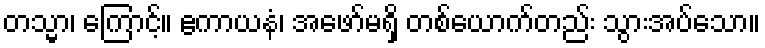
တသ္မာ၊ ကြောင့်။ ဧကာယနံ၊ အဖော်မရှိ တစ်ယောက်တည်း သွားအပ်သော။